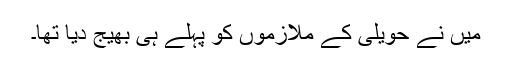
میں نے حویلی کے ملازموں کو پہلے ہی بھیج دیا تھا۔